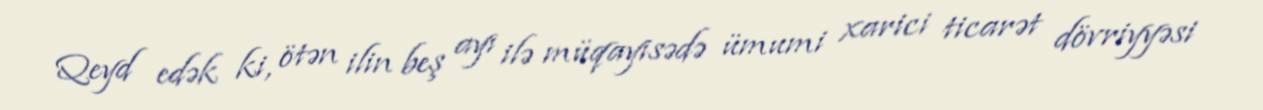
Qeyd edək ki, ötən ilin beş ayı ilə müqayisədə ümumi xarici ticarət dövriyyəsi